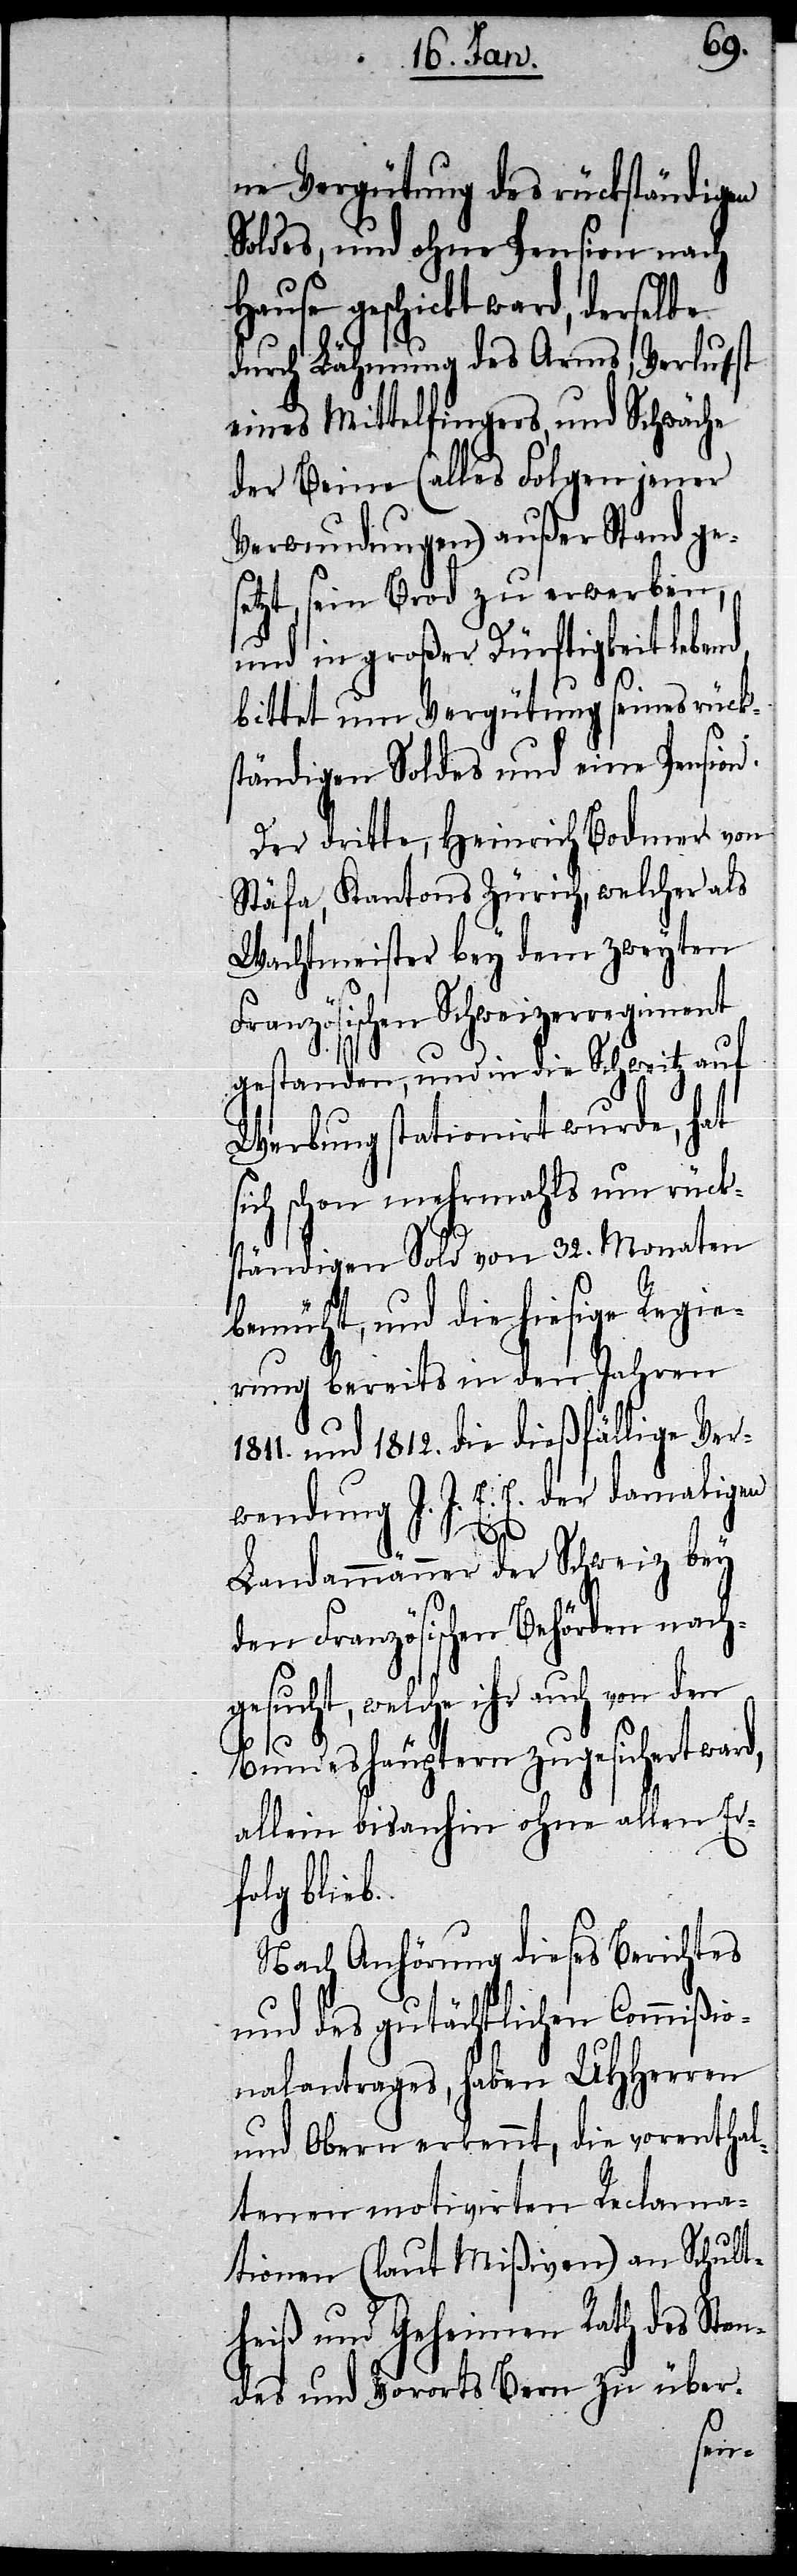
ne Vergütung des rückständigen
Soldes, und ohne Pension nach
Hause geschicht ward, derselbe
durch Lähmung des Arms, Verlust
eines Mittelfingers, und Schwäche
der Beine (alles Folgen jener
Verwundungen) außer Stand ge¬
setzt, sein Brod zu erwerben,
und in großer Dürftigkeit lebend,
bittet um Vergütung seines rück¬
ständigen Soldes und eine Pension.
Der dritte, Heinrich Bodmer von
Stäfa, Kantons Zürich, welcher als
Wachtmeister bey dem zweyten
Französischen Schweizerregiment
gestanden, und in die Schweitz auf
Werbung stationirt wurde, hat
sich schon mehrmahls um rück¬
ständigen Sold von 32. Monaten
bemüht, und die hiesige Regie¬
rung bereits in den Jahren
1811. und 1812. die dießfällige Ver¬
wendung J. J. E. E. der damaligen
d,
Landammänner der Schweiz bey
den Französischen Behörden nach¬
gesucht, welche ihr auch
Bundeshäuptern zugesichert war¬
allein bisanhin ohne allen Er¬
folg blieb.
Nach Anhörung dieses Berichtes
und des gutächtlichen Commißio¬
nalantrages, haben UHHerren
und Obern erkennt, die vorenthal¬
tenen motivirten Reclama¬
tionen (laut Mißiven) an Schult¬
heiß und Geheimen Rath des Stan¬
des und Vororts Bern zu über-